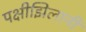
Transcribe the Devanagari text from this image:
पक्षीझिलानी